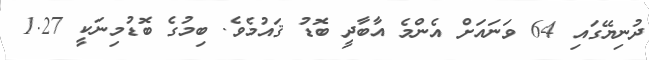
ދުނިޔޭގައި 64 ވަނައަށް އެންމެ އާބާދީ ބޮޑު ޤައުމެވެ. ބިމުގެ ބޮޑުމިނަކީ 1.27